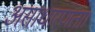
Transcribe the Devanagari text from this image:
असाधारणता।